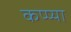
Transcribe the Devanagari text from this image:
कप्प्या